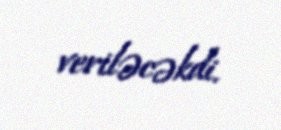
veriləcəkdi.